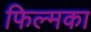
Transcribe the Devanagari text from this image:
फिल्मका